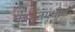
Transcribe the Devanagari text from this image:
कपोतमधील